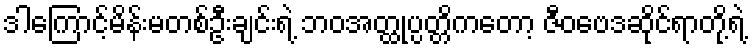
ဒါကြောင့်မိန်းမတစ်ဦးချင်းရဲ့ ဘဝအတ္ထုပ္ပတ္တိကတော့ ဇီဝဗေဒဆိုင်ရာတို့ရဲ့